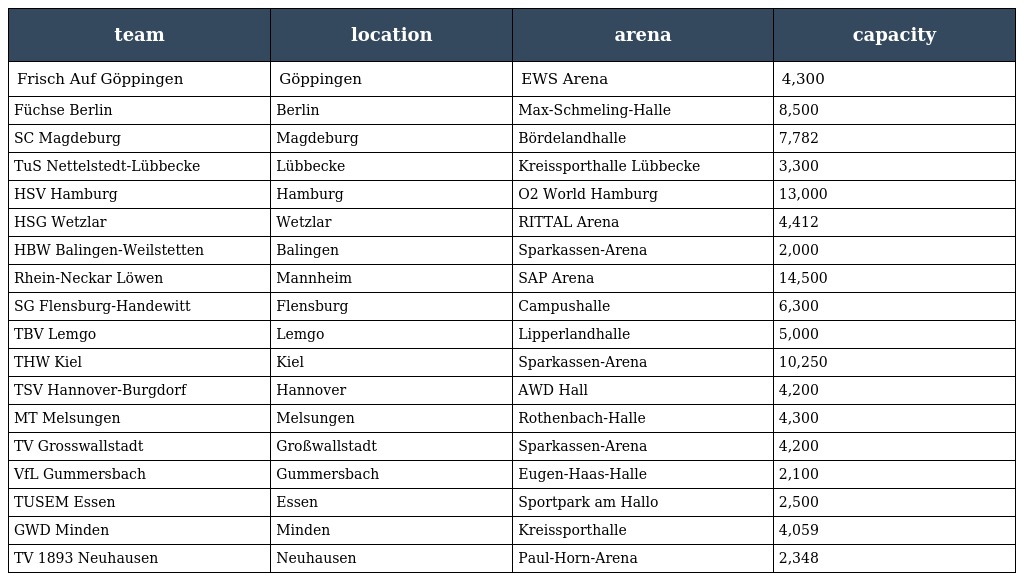
| team | location | arena | capacity |
 | --- | --- | --- | --- |
 | Frisch Auf Göppingen | Göppingen | EWS Arena | 4,300 |
 | Füchse Berlin | Berlin | Max-Schmeling-Halle | 8,500 |
 | SC Magdeburg | Magdeburg | Bördelandhalle | 7,782 |
 | TuS Nettelstedt-Lübbecke | Lübbecke | Kreissporthalle Lübbecke | 3,300 |
 | HSV Hamburg | Hamburg | O2 World Hamburg | 13,000 |
 | HSG Wetzlar | Wetzlar | RITTAL Arena | 4,412 |
 | HBW Balingen-Weilstetten | Balingen | Sparkassen-Arena | 2,000 |
 | Rhein-Neckar Löwen | Mannheim | SAP Arena | 14,500 |
 | SG Flensburg-Handewitt | Flensburg | Campushalle | 6,300 |
 | TBV Lemgo | Lemgo | Lipperlandhalle | 5,000 |
 | THW Kiel | Kiel | Sparkassen-Arena | 10,250 |
 | TSV Hannover-Burgdorf | Hannover | AWD Hall | 4,200 |
 | MT Melsungen | Melsungen | Rothenbach-Halle | 4,300 |
 | TV Grosswallstadt | Großwallstadt | Sparkassen-Arena | 4,200 |
 | VfL Gummersbach | Gummersbach | Eugen-Haas-Halle | 2,100 |
 | TUSEM Essen | Essen | Sportpark am Hallo | 2,500 |
 | GWD Minden | Minden | Kreissporthalle | 4,059 |
 | TV 1893 Neuhausen | Neuhausen | Paul-Horn-Arena | 2,348 |